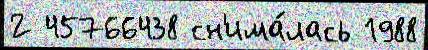
2 45766438 сн'има́лась 1988